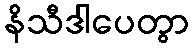
နိသီဒါပေတွာ